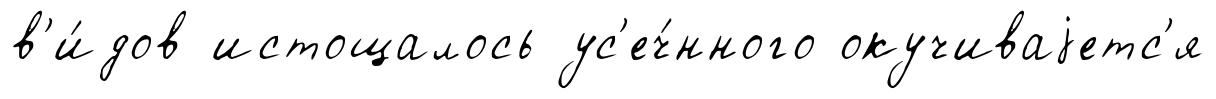
в'и́дов истощалось ус'еч́нного окучиваjетс'я